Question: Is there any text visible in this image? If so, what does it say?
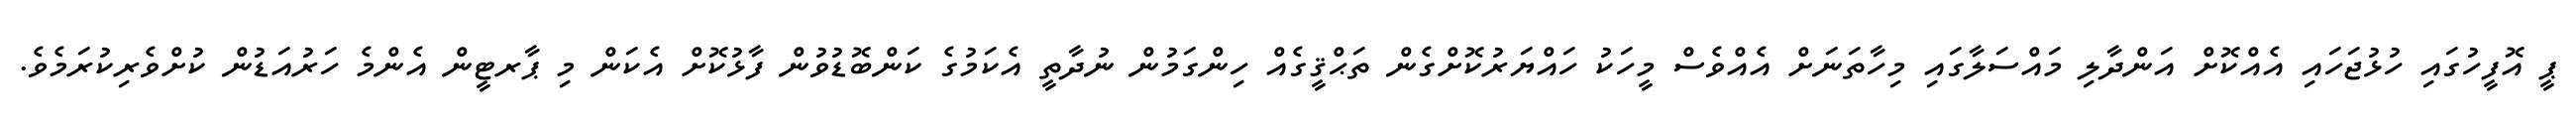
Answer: ޕީ އޮފީހުގައި ހުޅުޖަހައި އެއްކޮށް އަންދާލި މައްސަލާގައި މިހާތަނަށް އެއްވެސް މީހަކު ހައްޔަރުކޮށްގެން ތަޙްޤީގެއް ހިންގަމުން ނުދާތީ އެކަމުގެ ކަންބޮޑުވުން ފާޅުކޮށް އެކަން މި ޕާރޓީން އެންމެ ހަރުއަޑުން ކުށްވެރިކުރަމެވެ.